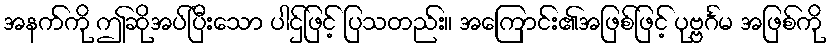
အနက်ကို ဤဆိုအပ်ပြီးသော ပါဌ်ဖြင့် ပြသတည်း။ အကြောင်း၏အဖြစ်ဖြင့် ပုဗ္ဗင်္ဂမ အဖြစ်ကို